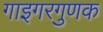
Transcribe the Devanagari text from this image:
गाइगरगुणक